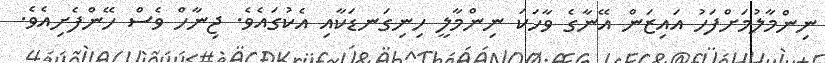
ނިންމާލުމަށްފަހު އައިޒަން އޭނާގެ ވާހަކަ ނިންމާލީ ހިނިގަނޑަކާއި އެކުގައެވެ. ޖިނާހް ވެސް ހޭންފެށިއެވެ.